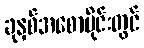
ခုနှစ်အစောပိုင်းတွင်